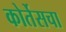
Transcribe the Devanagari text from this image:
कोर्तेसचा